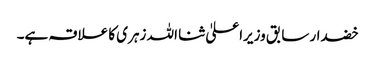
خضدار سابق وزیراعلیٰ ثنا اللہ زہری کا علاقہ ہے۔